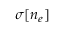
\sigma [ n _ { e } ]